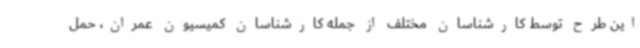
این طرح توسط کارشناسان مختلف از جمله کارشناسان کمیسیون عمران، حمل